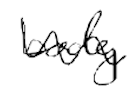
Text: body
Cross-out: wave
Writing tool: digital_black